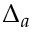
\Delta _ { a }